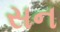
સન